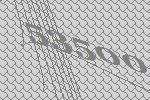
53500